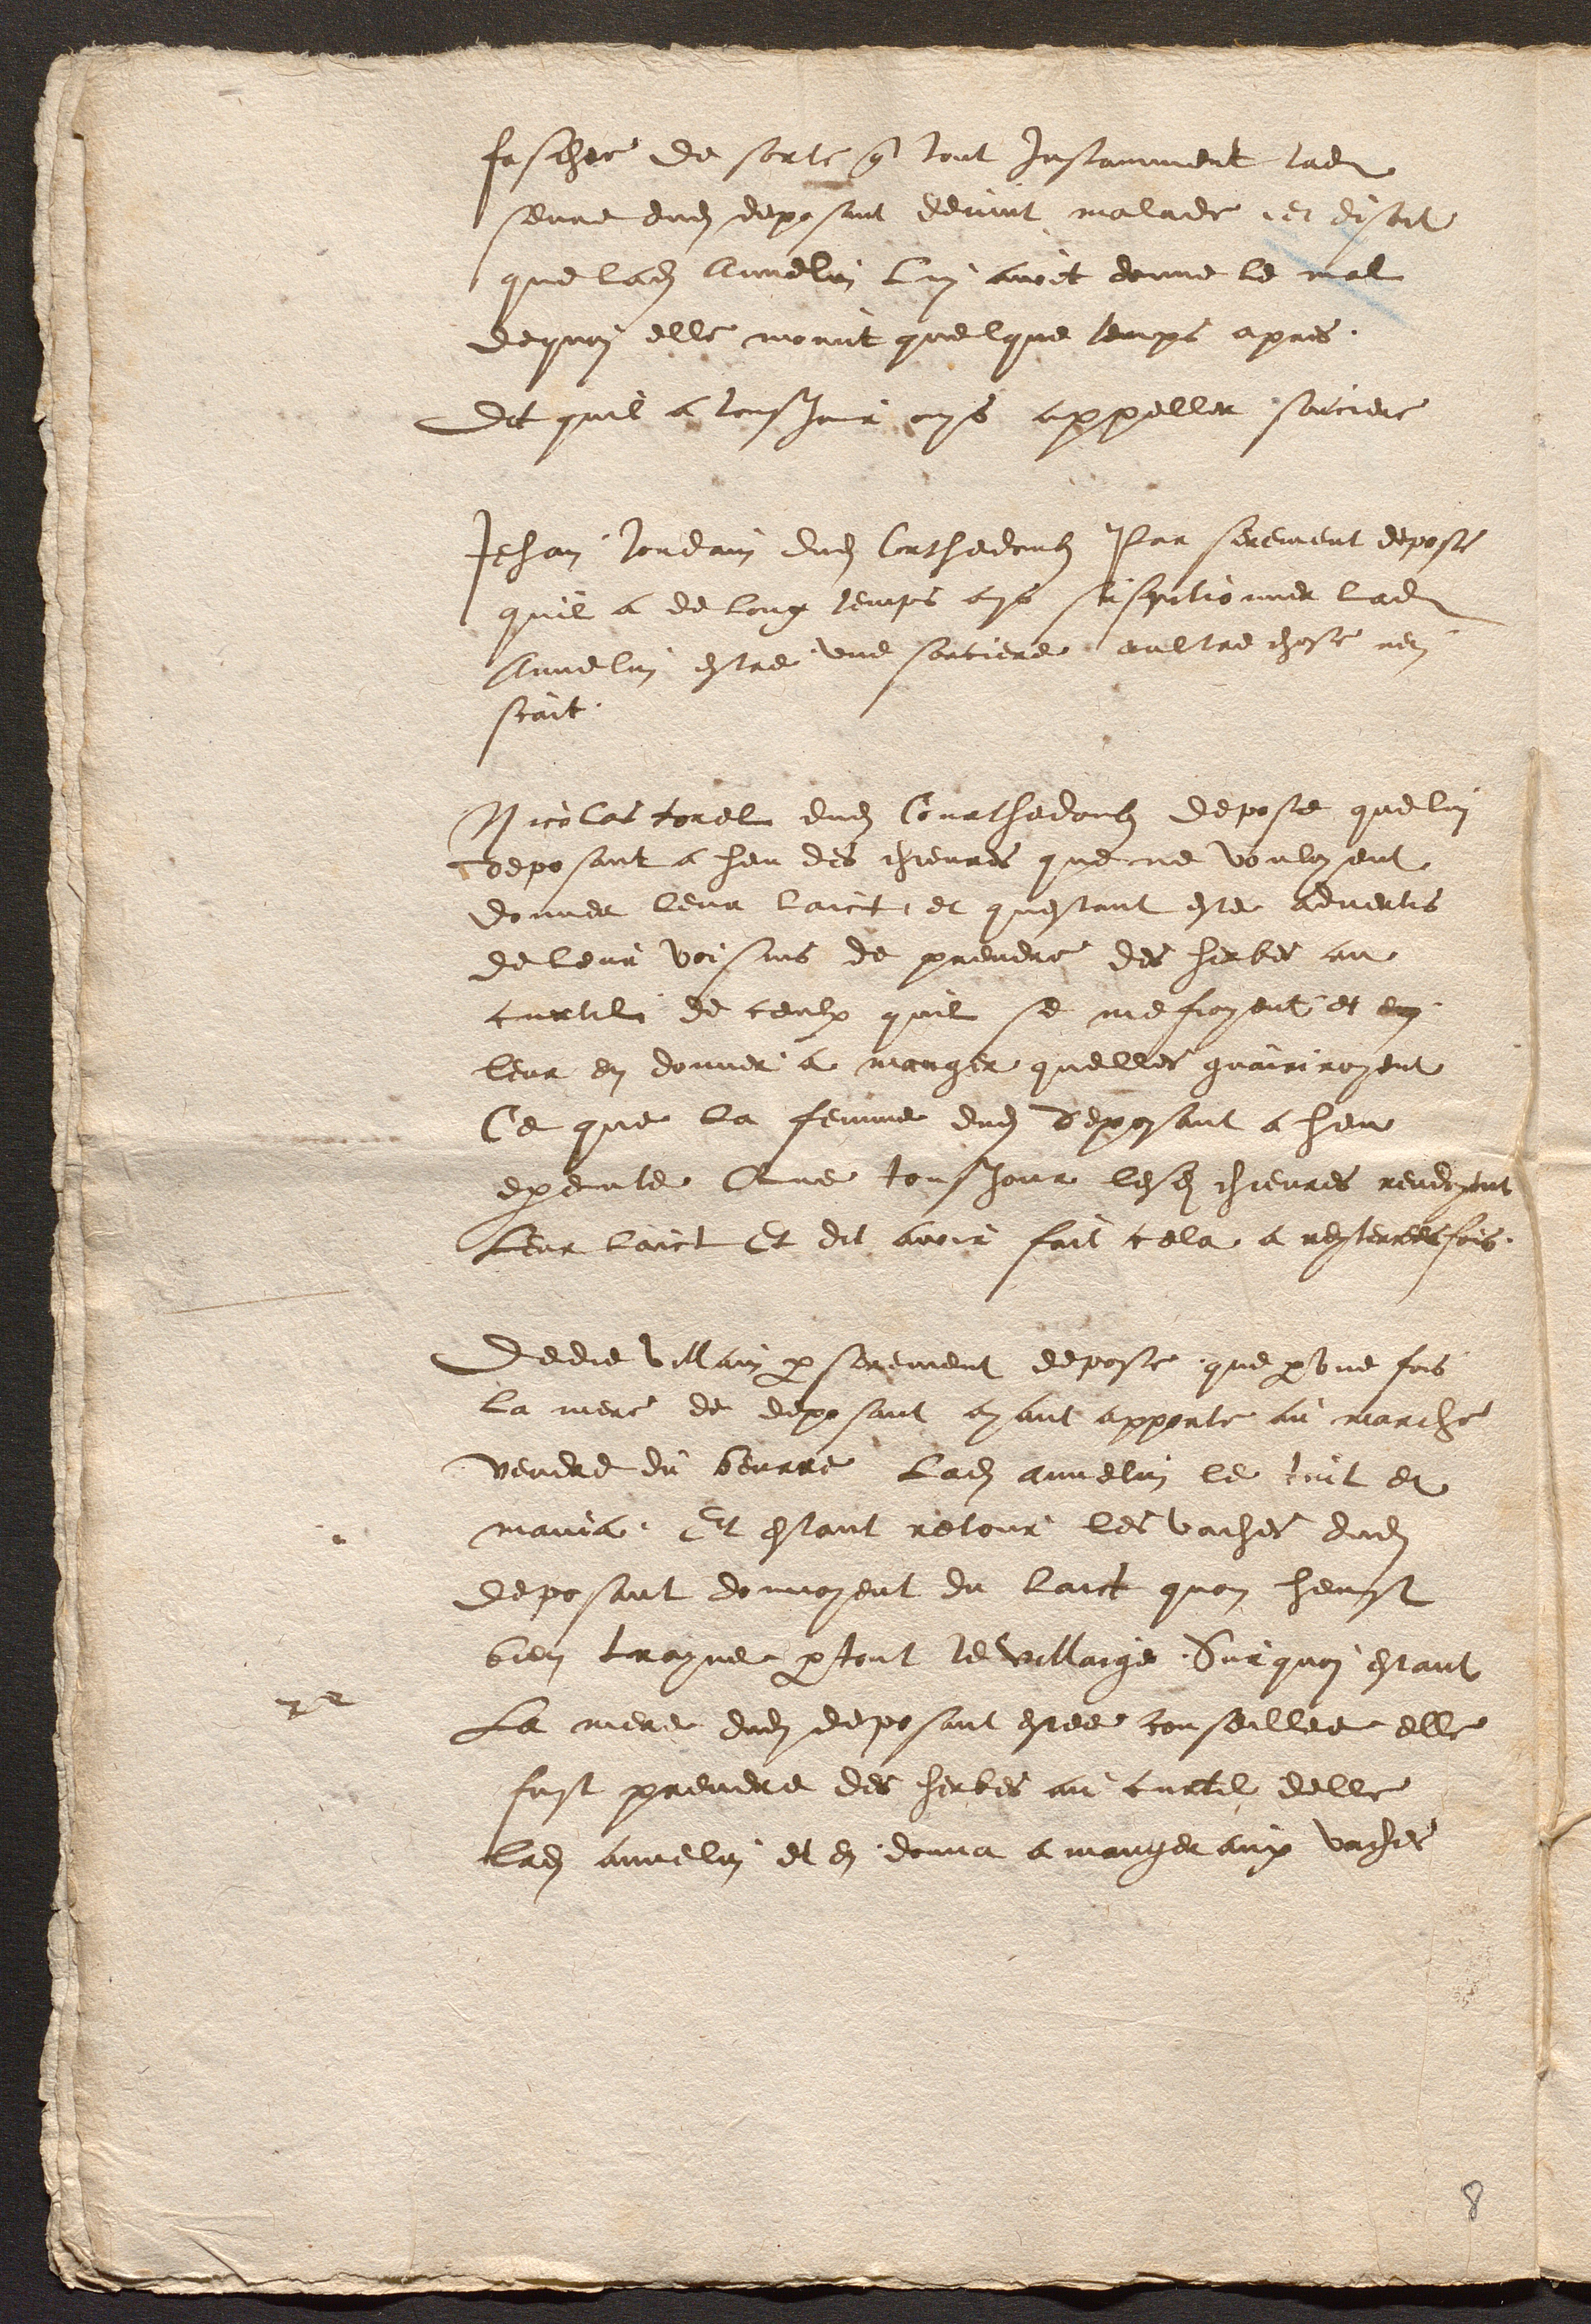
faschee de sorte que tout Instamment ladite
seure dudit deposant devint malade, et disoit
que ladite Annelin lui avoit donne le mal
dequoi elle morut quelque temps apres.
Dit quil a tousjours ouys appeller sorciere
Jehan Jordain dudit Courthedoubs Pas serement depose
quil a de long temps ouys suspitionner ladite
Annelin estre une sorciere aultre chose nen
scait.
Nicolas torel dudit Courthedoubs depose que lui
deposant a heu des chievres que ne vouloyent
donner leur laict, et questant este advertis
de leur voisins de prendre des herbes au
curtil de ceulx quil se mefioyent et en
leur en donner, a manger quelles guairiroyent
Ce que la femme dudit deposant a heu
execute Que tousjour lesdites chievres rendoyent
Leur laict Et dit avoir fait cela a reyterrees fois.
Dedie villain par serement depose, que par une fois
la mere de deposant ayant apporte au marche
vendre du beurre Ladite Annelin le tint et
mania. Et estant retour, les vaches dudit
deposant donnoyent du laict quon heust
bien trayne partout le villaige. Sur quoi estant
La mere dudit deposant estee conseillee elle
fust prendre des herbes au curtil delle
ladite Annelin, et en donna a manger aux vaches